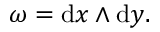
\omega = \mathrm { d } x \wedge \mathrm { d } y .